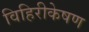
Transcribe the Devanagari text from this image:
विहिरीकेषण